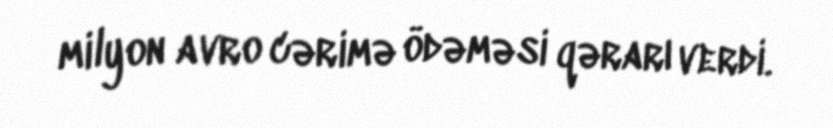
milyon avro cərimə ödəməsi qərarı verdi.